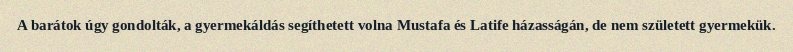
A barátok úgy gondolták, a gyermekáldás segíthetett volna Mustafa és Latife házasságán, de nem született gyermekük.